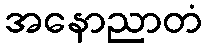
အနောညာတံ